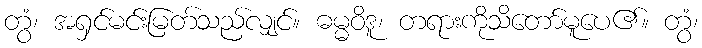
တွံ၊ အရှင်မင်းမြတ်သည်လျှင်။ ဓမ္မဝိဒူ၊ တရားကိုသိတော်မူပေ၏။ တွံ၊